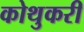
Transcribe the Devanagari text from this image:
कोथुकरी